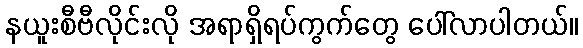
နယူးစီဗီလိုင်းလို အရာရှိရပ်ကွက်တွေ ပေါ်လာပါတယ်။